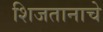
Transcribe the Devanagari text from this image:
शिजतानाचे